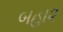
બહા૨